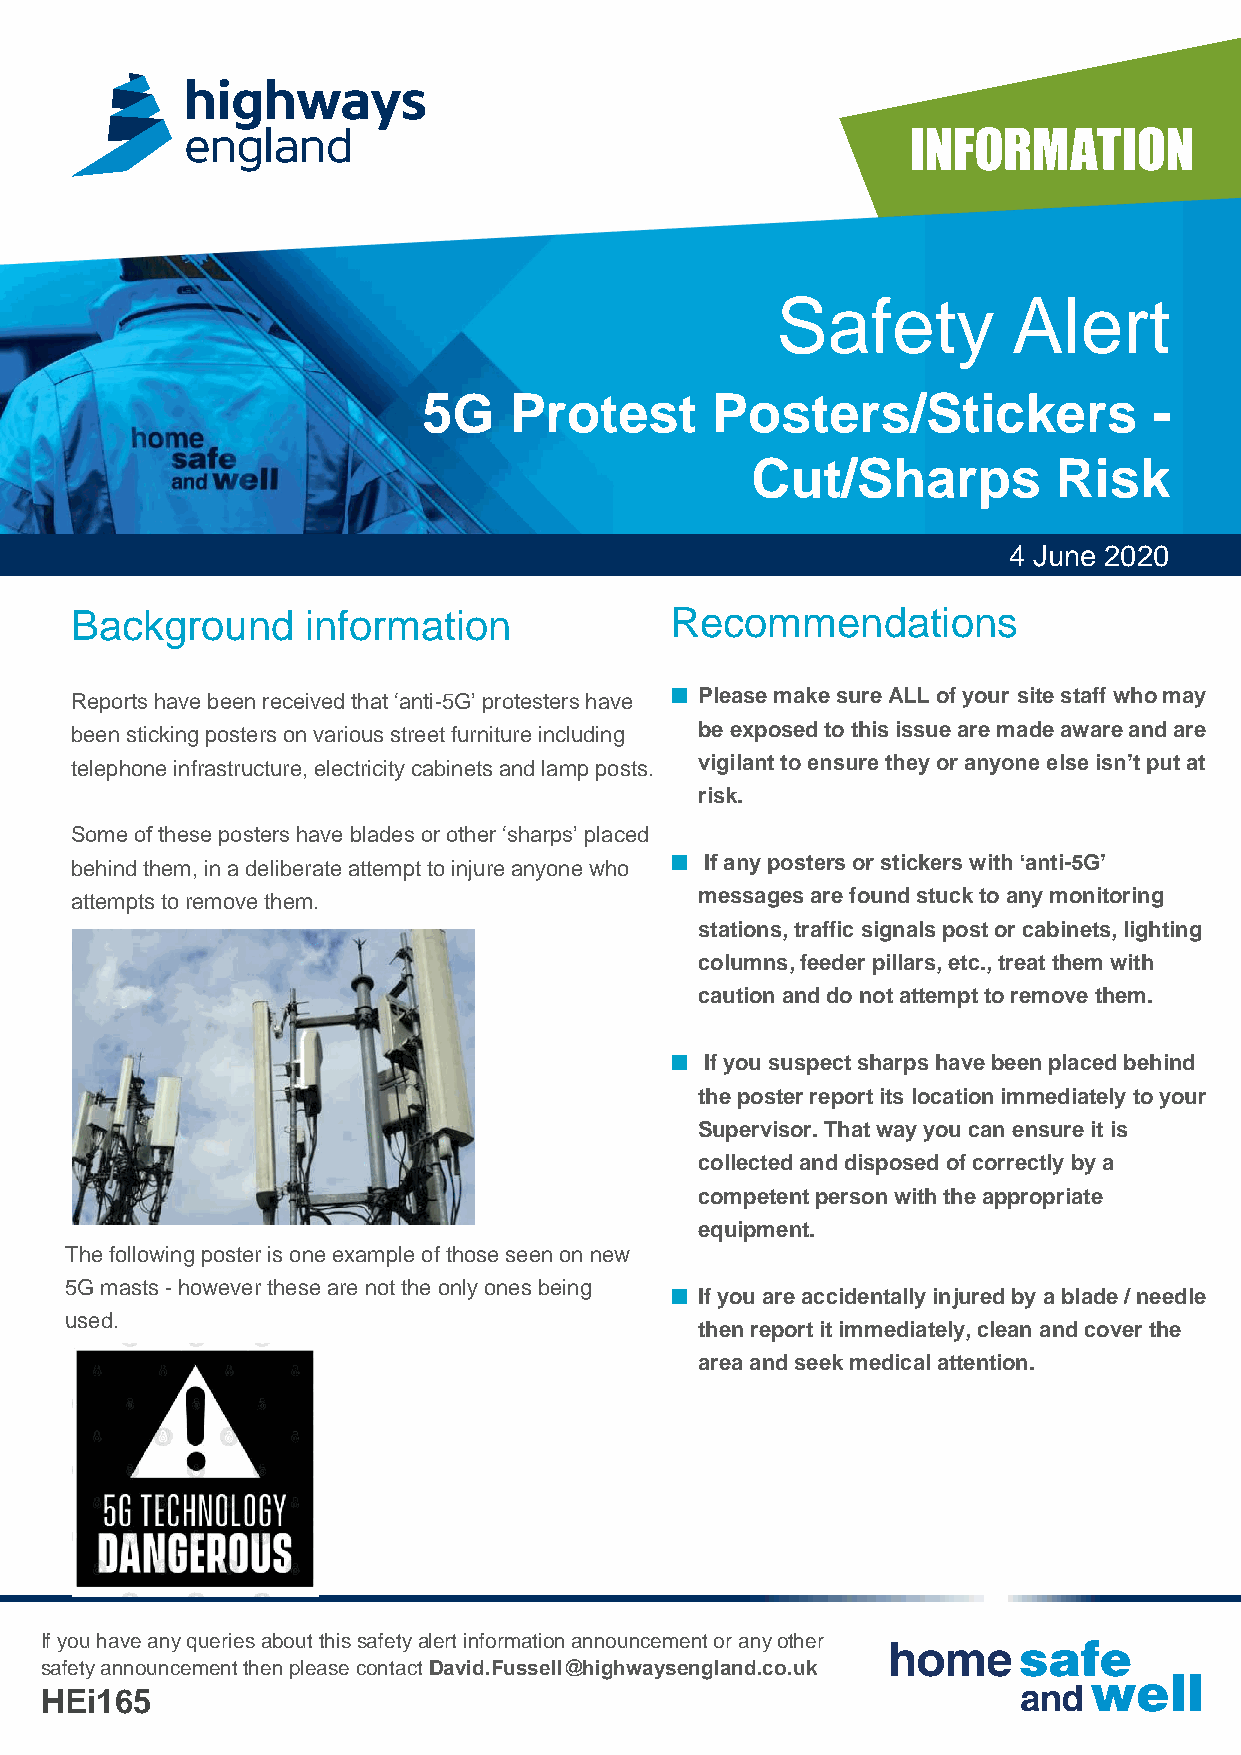
Safety          Alert
 5G    Protest      Posters/Stickers             -
 Cut/Sharps          Risk
 4 June 2020
 Background     information             Recommendations
 ■
 Reports have been received that ‘anti-5G’ protesters have Please make sure ALL of your site staff who may
 been sticking posters on various street furniture including be exposed to this issue are made aware and are
 telephone infrastructure, electricity cabinets and lamp posts. vigilant to ensure they or anyone else isn’t put at
 risk.
 Some of these posters have blades or other ‘sharps’ placed
 ■
 behind them, in a deliberate attempt to injure anyone who If any posters or stickers with ‘anti-5G’
 attempts to remove them.                 messages are found stuck to any monitoring
 stations, traffic signals post or cabinets, lighting
 columns, feeder pillars, etc., treat them with
 caution and do not attempt to remove them.
 ■
 If you suspect sharps have been placed behind
 the poster report its location immediately to your
 Supervisor. That way you can ensure it is
 collected and disposed of correctly by a
 competent person with the appropriate
 equipment.
 The following poster is one example of those seen on new
 5G masts -however these are not the only ones being ■
 If you are accidentally injured by a blade / needle
 used.
 then report it immediately, clean and cover the
 area and seek medical attention.
 If you have any queries about this safety alert information announcement or any other
 safety announcement then please contact David.Fussell@highwaysengland.co.uk
 HEi165